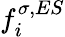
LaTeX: f_{i}^{\sigma,ES}